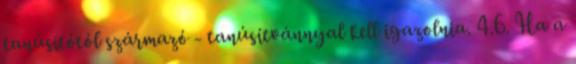
tanúsítótól származó - tanúsítvánnyal kell igazolnia. 4.6. Ha a